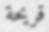
قريحة